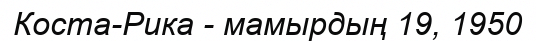
Коста-Рика - мамырдың 19, 1950